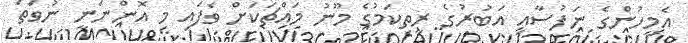
އެމީހުންގެ ނަފުސާއި އަބުރުުގެ ރީތިކަމުގެ މޫނު މައްޗަކަށް ވެފައި މި އޮންނަނީ ނުވަތަ